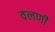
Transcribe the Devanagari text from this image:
वलणी